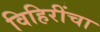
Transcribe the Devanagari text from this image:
विहिरींचा